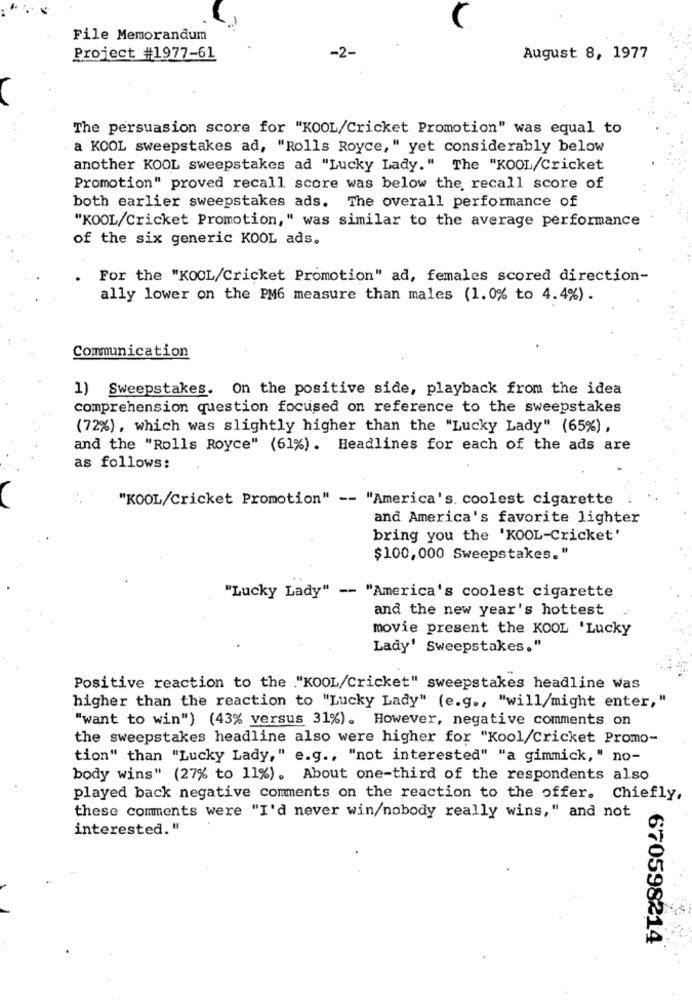
File Memorandum
Project #1977-61
-2-
August 8, 1977
The persuasion score for "KOOL/Cricket Promotion" was equal to
a KOOL sweepstakes ad, "Rolls Royce," yet considerably below
another KOOL sweepstakes ad "Lucky Lady." The "KOOL/Cricket
Promotion" proved recall score was below the, recall score of
both earlier sweepstakes ads. The overall performance of
"KOOL/Cricket Promotion," was similar to the average performance
of the six generic KOOL ads.
For the "KOOL/Cricket Promotion" ad, females scored direction-
ally lower on the PM6 measure than males (1.0% to 4.4%).
Communication
1) Sweepstakes. On the positive side, playback from the idea
comprehension question focused on reference to the sweepstakes
(72%), which was slightly higher than the "Lucky Lady" (65%) ,
and the "Rolls Royce" (61%). Headlines for each of the ads are
as follows:
"KOOL/Cricket Promotion" -- "America's. coolest cigarette
and America's favorite lighter
bring you the 'KOOL-Cricket'
$100,000 Sweepstakes."
"Lucky Lady" -- "America's coolest cigarette
and the new year's hottest
movie present the KOOL 'Lucky
Lady' Sweepstakes."
Positive reaction to the ."KOOL/Cricket" sweepstakes headline was
higher than the reaction to "Lucky Lady" (e.g ., "will/might enter,"
"want to win") (43% versus 31%). However, negative comments on
the sweepstakes headline also were higher for "Kool/Cricket Promo-
tion" than "Lucky Lady," e.g ., "not interested" "a gimmick, " no-
body wins" (27% to 11%). About one-third of the respondents also
played back negative comments on the reaction to the offer. Chiefly,
these comments were "I'd never win/nobody really wins," and not
interested."
670598214